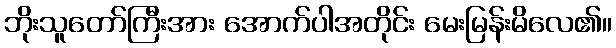
ဘိုးသူတော်ကြီးအား အောက်ပါအတိုင်း မေးမြန်းမိလေ၏။